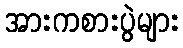
အားကစားပွဲများ